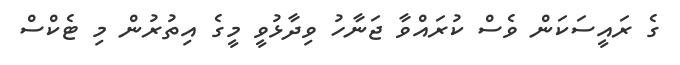
ގެ ރައީސަކަން ވެސް ކުރައްވާ ޖަނާހު ވިދާޅުވީ މީގެ އިތުރުން މި ޓެކްސް